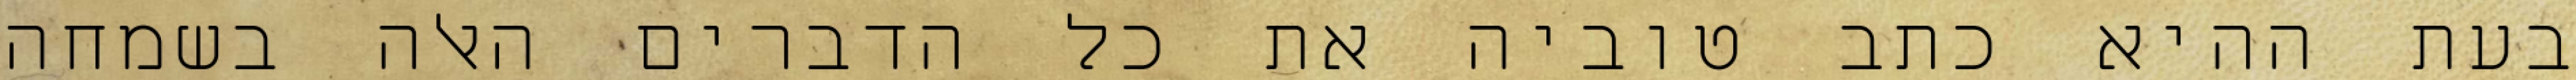
בעת ההיא כתב טוביה את כל הדברים האלה בשמחה